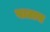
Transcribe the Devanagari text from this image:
वाटाच